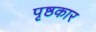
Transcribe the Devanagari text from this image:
पृष्ठकार